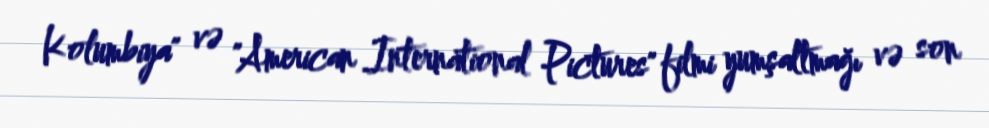
Kolumbiya" və "American International Pictures" filmi yumşaltmağı və son